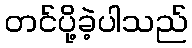
တင်ပို့ခဲ့ပါသည်